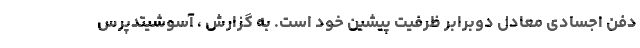
دفن اجسادی معادل دوبرابر ظرفیت پیشین خود است. به گزارش ، آسوشیتدپرس